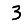
Digit: 3